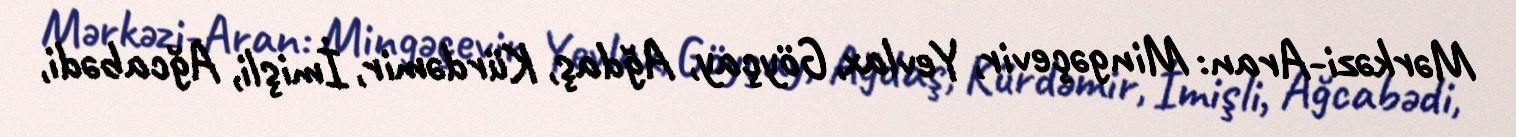
Mərkəzi-Aran: Mingəçevir, Yevlax, Göyçay, Ağdaş, Kürdəmir, İmişli, Ağcabədi,